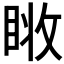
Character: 𰥧